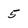
Character: 5